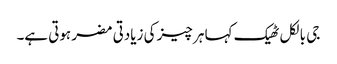
جی بالکل ٹھیک کہا ہر چیز کی زیادتی مضر ہوتی ہے۔